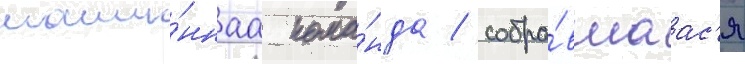
маши́ннаа кома́нда / собра́вшаас'я